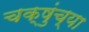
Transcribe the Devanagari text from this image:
चक्षुंच्या